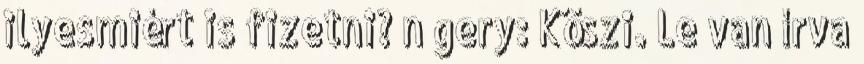
ilyesmiért is fizetni? n gery: Köszi. Le van írva